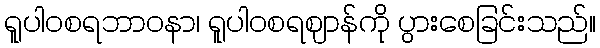
ရူပါဝစရဘာဝနာ၊ ရူပါဝစရဈာန်ကို ပွားစေခြင်းသည်။